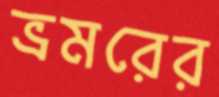
ভ্রমরের